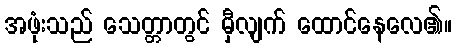
အဖုံးသည် သေတ္တာတွင် မှီလျက် ထောင်နေလေ၏။